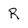
Character: R